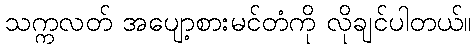
သက္ကလတ် အပျော့စားမင်တံကို လိုချင်ပါတယ်။